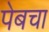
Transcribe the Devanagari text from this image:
पेबचा